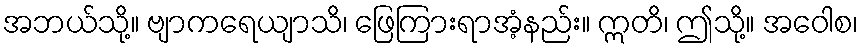
အဘယ်သို့။ ဗျာကရေယျာသိ၊ ဖြေကြားရာအံ့နည်း။ ဣတိ၊ ဤသို့။ အဝေါစ၊